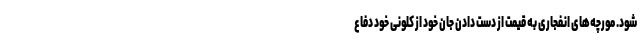
شود. مورچه‌های انفجاری به قیمت از دست دادن جان خود از کلونی خود دفاع